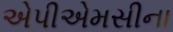
એપીએમસીના